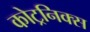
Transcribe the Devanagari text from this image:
कोट्रनिक्स